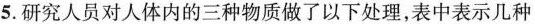
5.研究人员对人体内的三种物质做了以下处理，表中表示几种